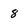
Character: 8